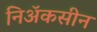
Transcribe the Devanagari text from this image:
निॲकसीन